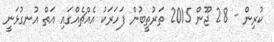
ކުރިން - 28 ޖޫން 2015 ތަރުތީބުން ފަހަރަކު އެއްޗެއްގައި އަތް އުނގުޅަނީ